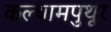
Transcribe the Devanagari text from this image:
कल्थामपुथूर